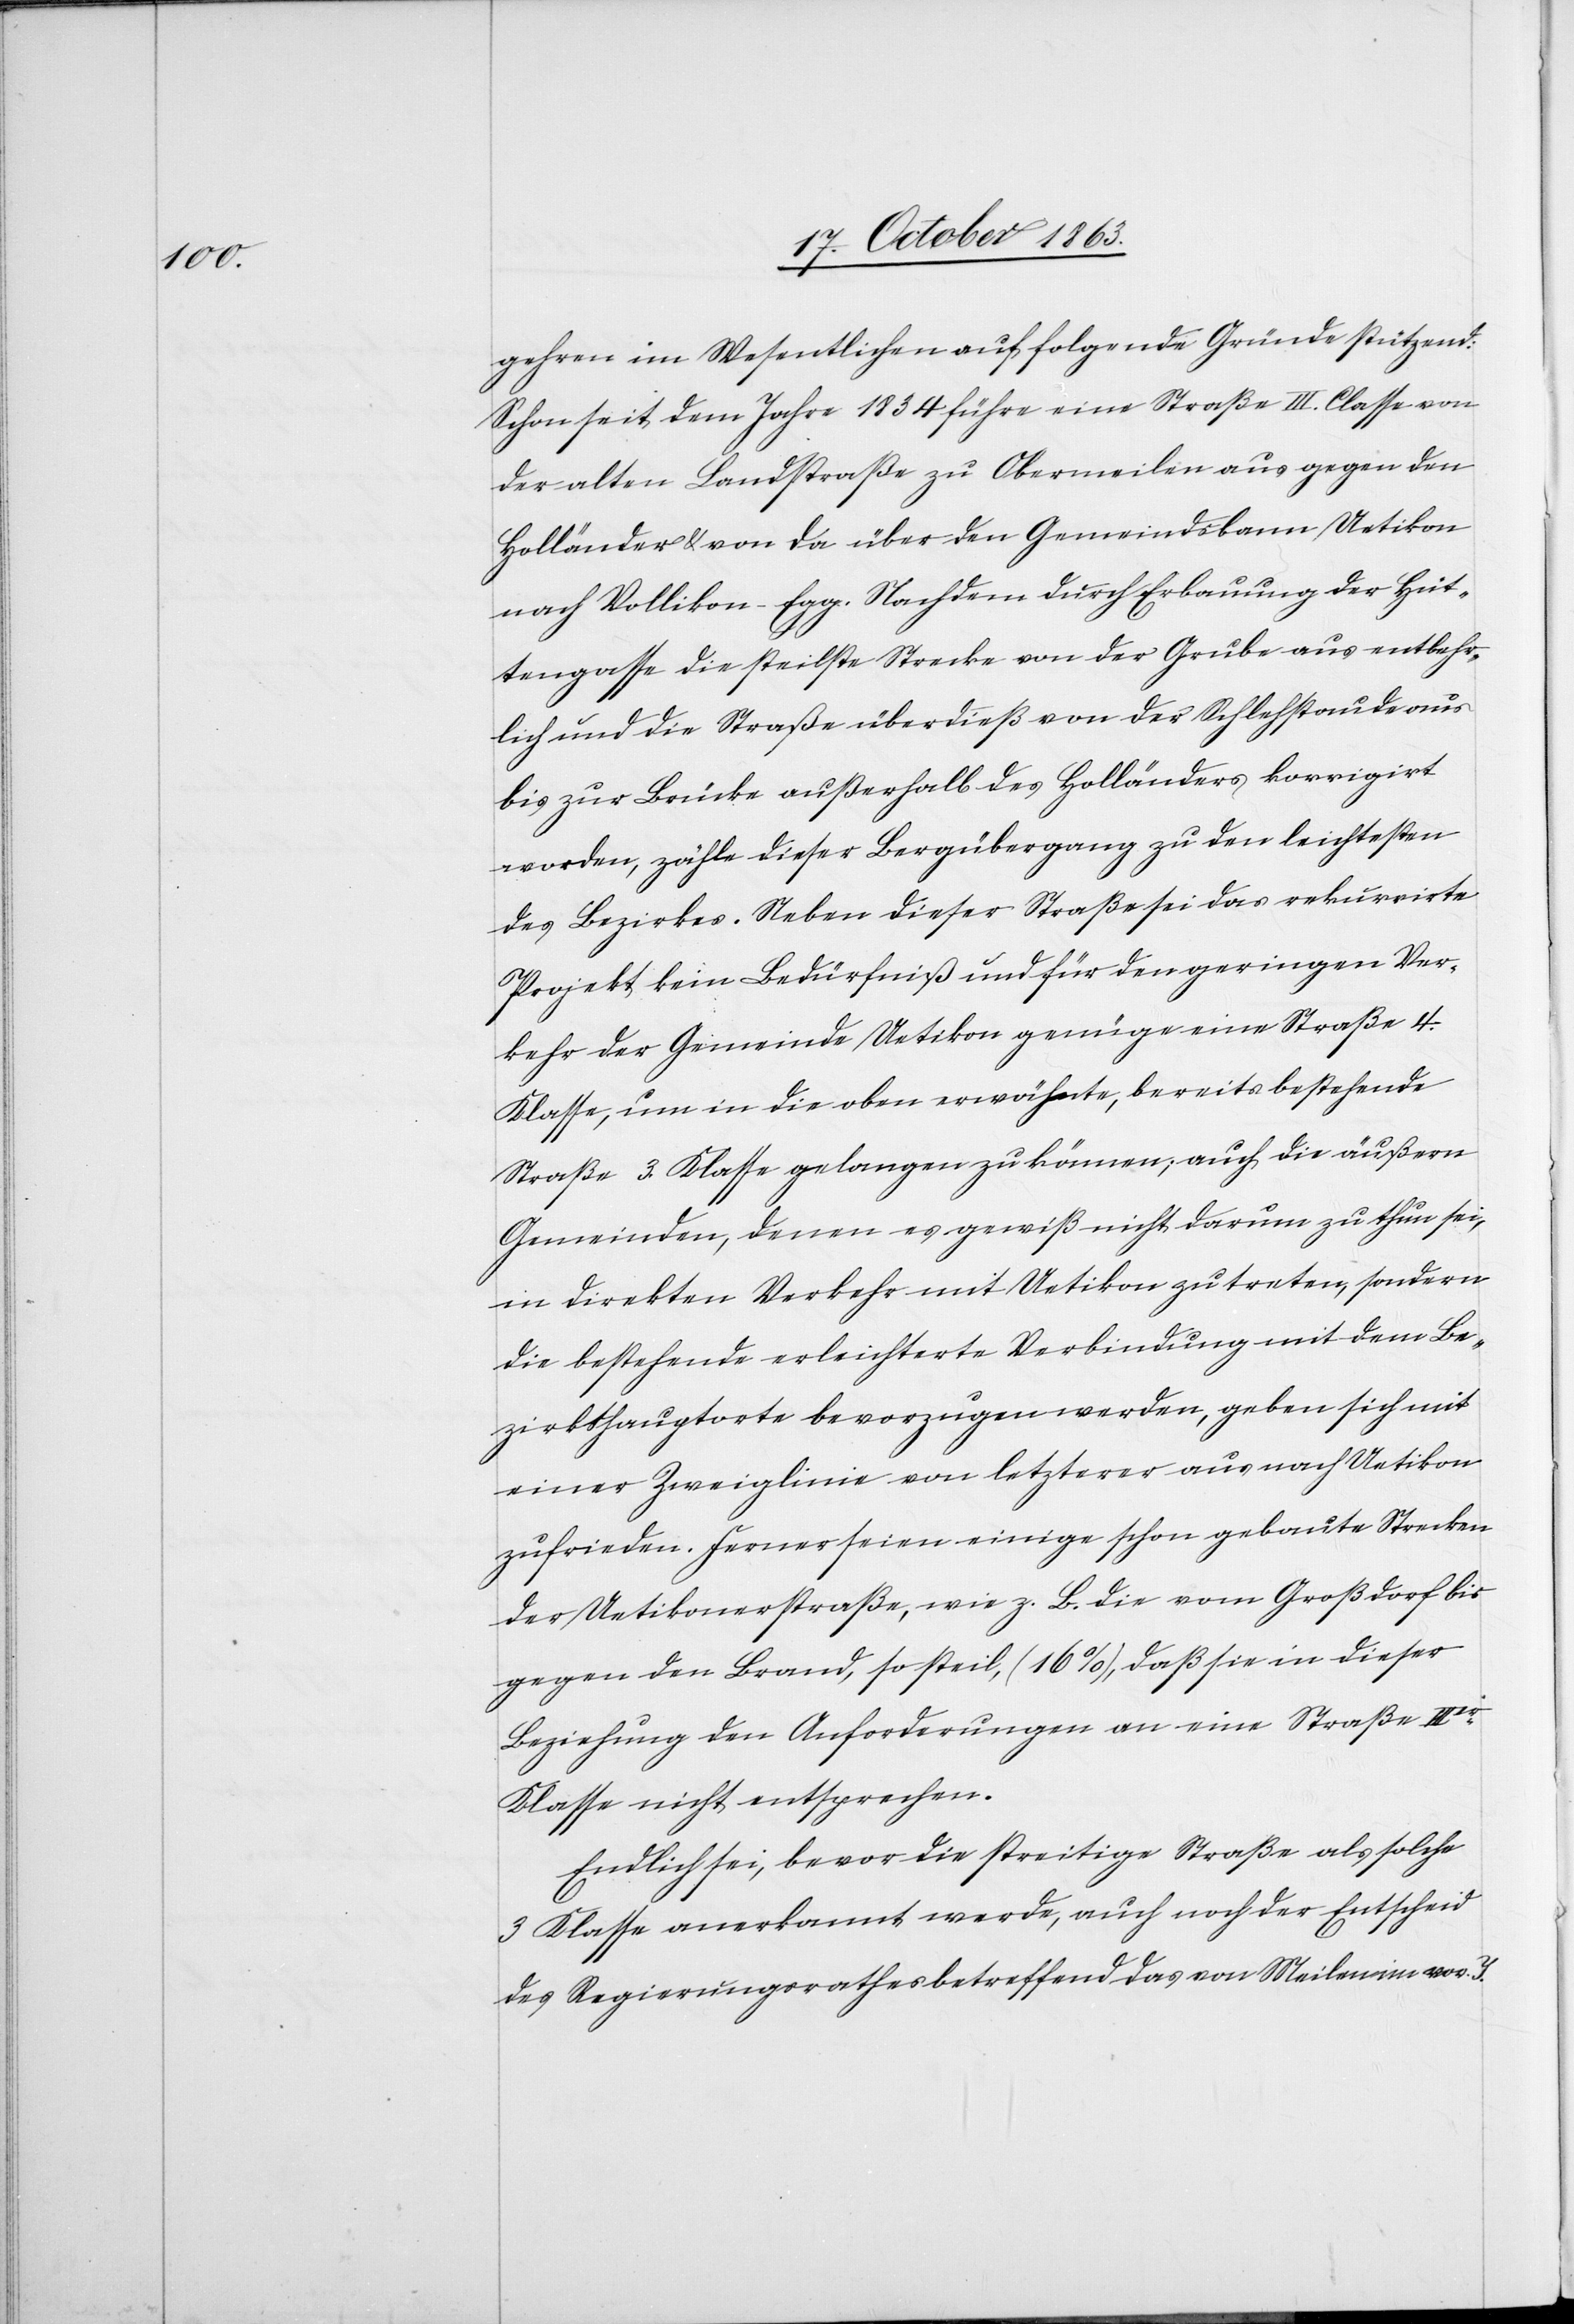
gehren im Wesentlichen auf folgende Gründe stützend:
Schon seit dem Jahre 1834 führe eine Straße III. Classe von
der alten Landstraße zu Obermeilen aus gegen den
Holländer & von da über den Gemeindsbann Uetikon
nach Vollikon-Egg. Nachdem durch Erbauung der Hüt¬
tengasse die steilste Strecke von der Grube aus entbehr¬
lich und die Straße überdieß von der Schlehstaude aus
bis zur Brücke außerhalb des Holländers korrigirt
worden, zähle dieser Bergübergang zu den leichtesten
des Bezirkes. Neben dieser Straße sei das rekurrirte
Projekt kein Bedürfniß und für den geringen Ver¬
kehr der Gemeinde Uetikon genüge eine Straße 4.
Klasse, um in die oben erwähnte, bereits bestehende
Straße 3. Klasse gelangen zu können; auch die äußern
Gemeinden, denen es gewiß nicht darum zu thun sei,
in direkten Verkehr mit Uetikon zu treten, sondern
die bestehende erleichterte Verbindung mit dem Be¬
zirkshauptorte bevorzugen werden, geben sich mit
einer Zweiglinie von letzterer aus nach Uetikon
zufrieden. Ferner seien einige schon gebaute Strecken
der Uetikonerstraße, wie z. B. die vom Großdorf bis
gegen den Brand, so steil, (16%), daß sie in dieser
Beziehung den Anforderungen an eine Straße IIIer
Klasse nicht entsprechen.
Endlich sei, bevor die streitige Straße als solche
3 Klasse anerkannt werde, auch noch der Entscheid
des Regierungsrathes betreffend das von Meilen im vor. J.